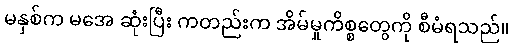
မနှစ်က မအေ ဆုံးပြီး ကတည်းက အိမ်မှုကိစ္စတွေကို စီမံရသည်။